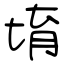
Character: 堉